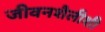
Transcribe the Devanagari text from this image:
जीवनशैलीशी